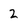
Character: 2